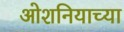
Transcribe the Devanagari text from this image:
ओशनियाच्या